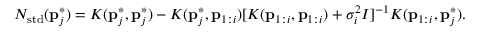
N _ { \mathrm { s t d } } ( \mathbf { p } _ { j } ^ { * } ) = K ( \mathbf { p } _ { j } ^ { * } , \mathbf { p } _ { j } ^ { * } ) - K ( \mathbf { p } _ { j } ^ { * } , \mathbf { p } _ { 1 : i } ) [ K ( \mathbf { p } _ { 1 : i } , \mathbf { p } _ { 1 : i } ) + \sigma _ { i } ^ { 2 } I ] ^ { - 1 } K ( \mathbf { p } _ { 1 : i } , \mathbf { p } _ { j } ^ { * } ) .